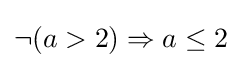
\neg (a>2)\Rightarrow a\leq 2